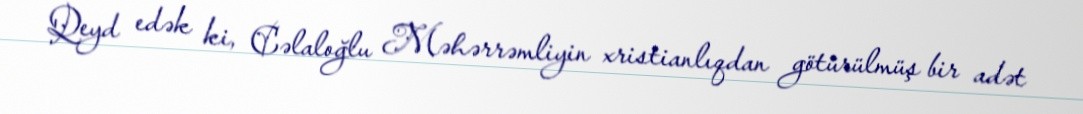
Qeyd edək ki, Cəlaloğlu Məhərrəmliyin xristianlıqdan götürülmüş bir adət